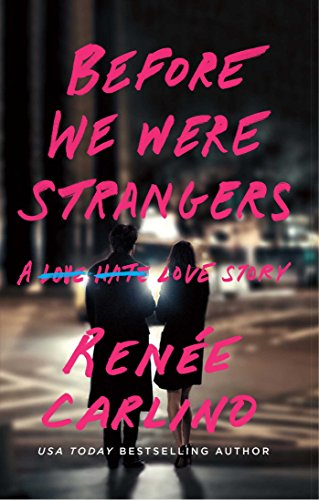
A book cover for Before We Were Strangers: A Love Story; Renee Carlino; Romance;